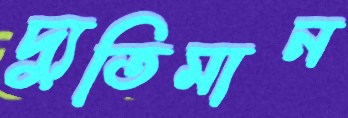
দ্যুতিমান